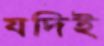
যদিই